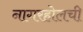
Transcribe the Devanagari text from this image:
नागरहोलची